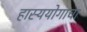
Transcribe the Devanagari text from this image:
हास्ययोगाचा